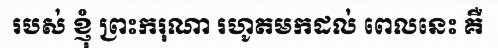
របស់ ខ្ញុំ ព្រះករុណា រហូតមកដល់ ពេលនេះ គឺ